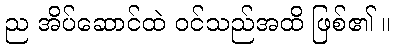
ည အိပ်ဆောင်ထဲ ဝင်သည်အထိ ဖြစ်၏ ။